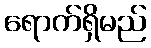
ရောက်ရှိမည်